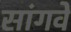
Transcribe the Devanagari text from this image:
सांगवे